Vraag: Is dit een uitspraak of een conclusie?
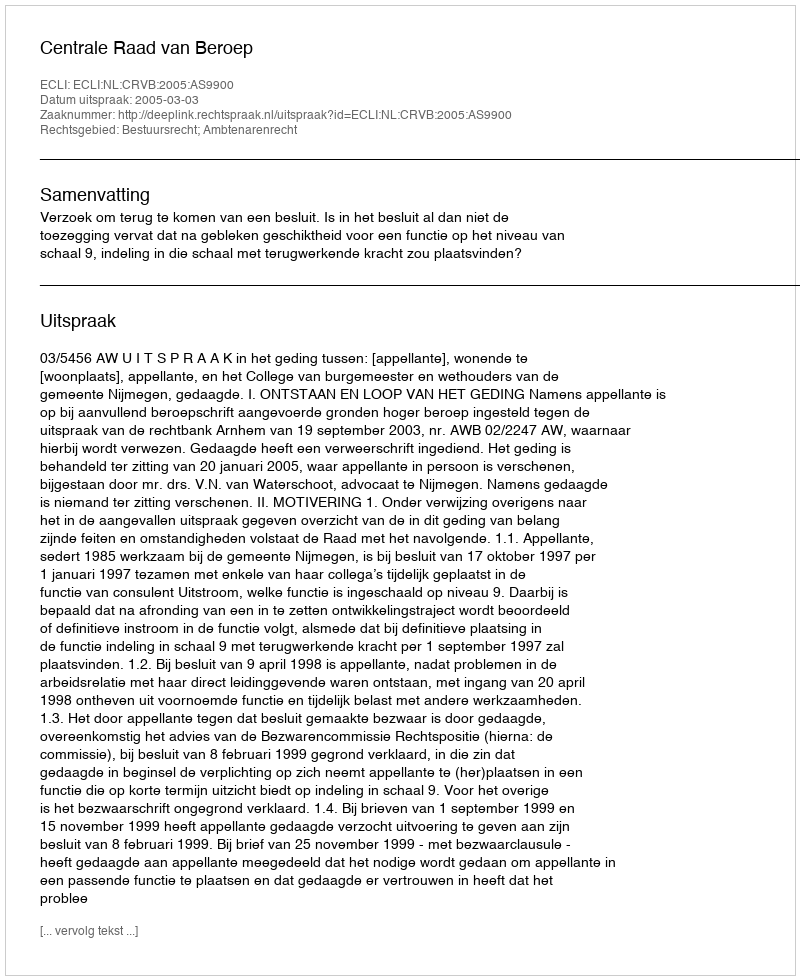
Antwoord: Uitspraak